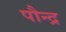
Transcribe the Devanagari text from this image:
पौन्द्र